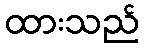
ထားသည်